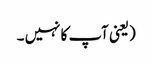
(یعنی آپ کا نہیں ۔